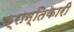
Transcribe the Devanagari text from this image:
क्रान्‍तिकारी